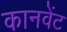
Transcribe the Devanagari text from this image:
कानवेंट